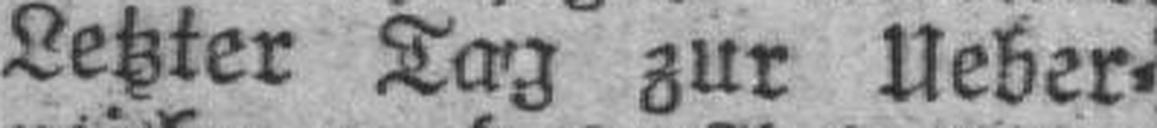
Letzter Tag zur Ueber¬